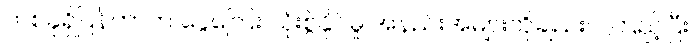
တစ်ခုရှိပြန်တာက ငွေကြေး သုံးစွဲနိုင်မှု အနည်းအများကိုချည်းပဲ ကြည့်ပြီး